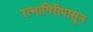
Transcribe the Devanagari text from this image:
रत्‍नागिरीपासून